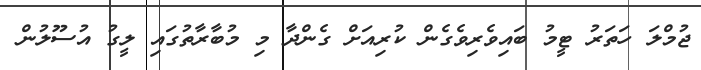
ޖުމްލަ ހަތަރު ޓީމު ބައިވެރިވެގެން ކުރިއަށް ގެންދާ މި މުބާރާތުގައި ލީގު އުސޫލުން